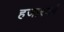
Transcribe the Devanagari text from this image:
हजारवर्ष